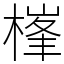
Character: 𣗏